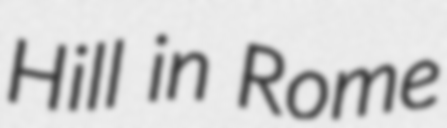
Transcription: Hill in Rome